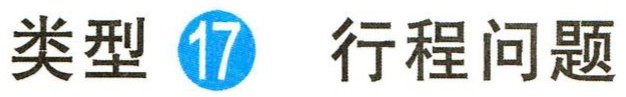
类型 \textcircled{17} 行程问题